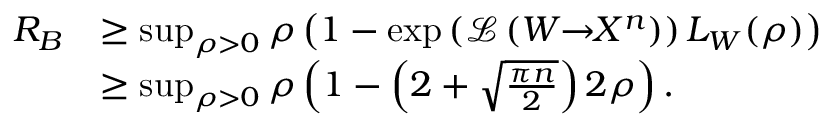
\begin{array} { r l } { R _ { B } } & { \geq \operatorname* { s u p } _ { \rho > 0 } \rho \left( 1 - \exp \left( \mathcal { L } \left( W \! \! \to \! \! X ^ { n } \right) \right) L _ { W } ( \rho ) \right) } \\ & { \geq \operatorname* { s u p } _ { \rho > 0 } \rho \left( 1 - \left( 2 + \sqrt { \frac { \pi n } { 2 } } \right) 2 \rho \right) . } \end{array}